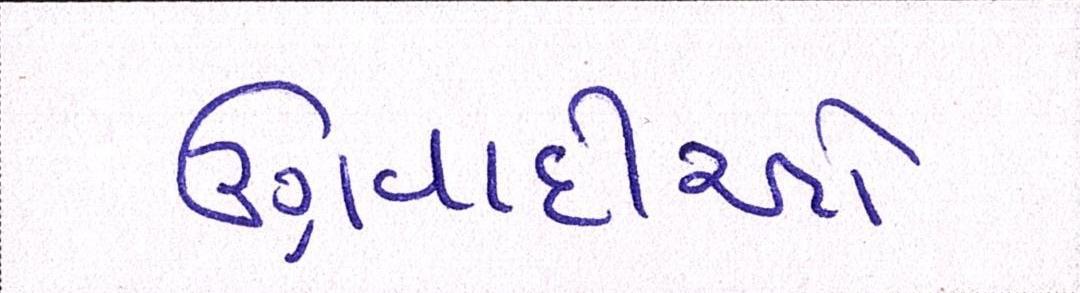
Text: ઉગ્રવાદીઓ